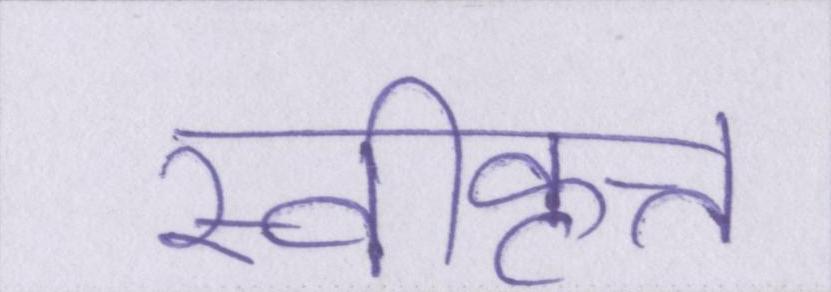
स्वीकृत्त